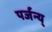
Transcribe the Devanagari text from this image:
पर्जन्य्